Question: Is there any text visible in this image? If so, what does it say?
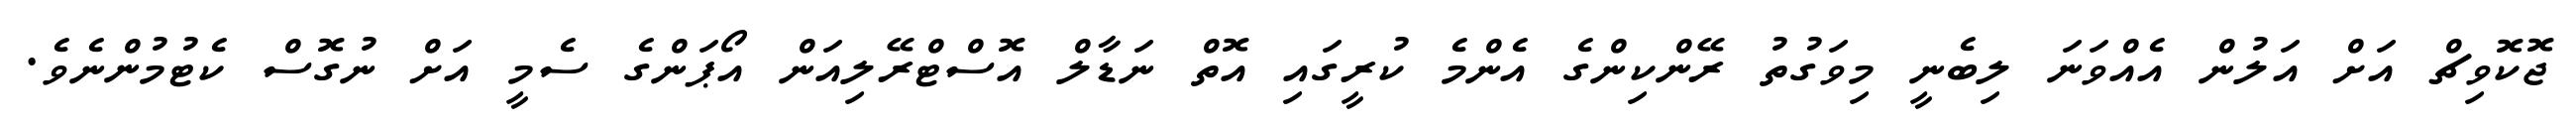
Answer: ޖޮކޮވިޗް އަށް އަލުން އެއްވަނަ ލިބެނީ މިވަގުތު ރޭންކިންގެ އެންމެ ކުރީގައި އޮތް ނަޑާލް އޮސްޓްރޭލިއަން އޯޕަންގެ ސެމީ އަށް ނުގޮސް ކެޓުމުންނެވެ.